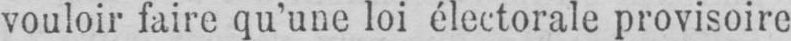
vouloir faire qu’une loi électorale provisoire